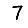
Digit: 7